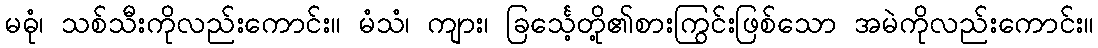
မဓုံ၊ သစ်သီးကိုလည်းကောင်း။ မံသံ၊ ကျား၊ ခြင်္သေ့တို့၏စားကြွင်းဖြစ်သော အမဲကိုလည်းကောင်း။